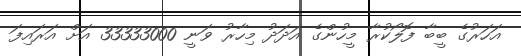
އަހަރުގެ ބީބާ ފޮލޯކުރާ މީހުންގެ އަދަދު މިހާރު ވަނީ 33333000 އަށް އަރައިފަ